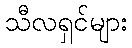
သီလရှင်များ